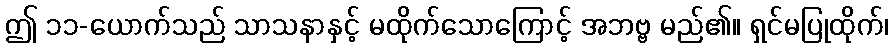
ဤ ၁၁-ယောက်သည် သာသနာနှင့် မထိုက်သောကြောင့် အဘဗ္ဗ မည်၏။ ရှင်မပြုထိုက်၊